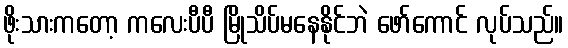
ဖိုးသားကတော့ ကလေးပီပီ မြိုသိပ်မနေနိုင်ဘဲ ဖော်ကောင် လုပ်သည်။